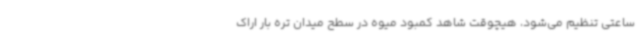
ساعتی تنظیم می‌شود، هیچوقت شاهد کمبود میوه در سطح میدان تره بار اراک